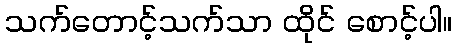
သက်တောင့်သက်သာ ထိုင် စောင့်ပါ။